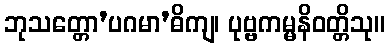
ဘုသတ္တော’ပဂမာ’ဓိကျ၊ ပုဗ္ဗကမ္မနိဝတ္တိသု။